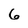
Character: 6